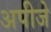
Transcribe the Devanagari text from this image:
अपीजे